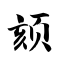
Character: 颏